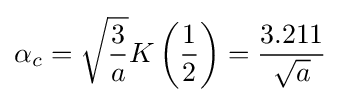
\alpha _{c}={\sqrt {\frac {3}{a}}}K\left({\frac {1}{2}}\right)={\frac {3.211}{\sqrt {a}}}